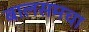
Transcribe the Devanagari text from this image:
बालसमचा